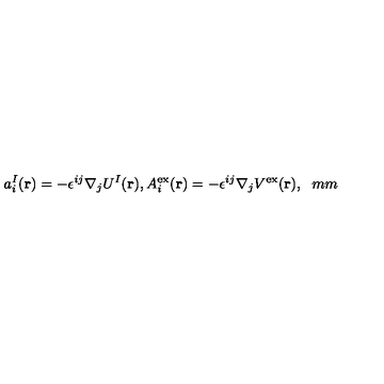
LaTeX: a _ { i } ^ { I } ( { \bf r } ) = - \epsilon ^ { i j } \nabla _ { j } U ^ { I } ( { \bf r } ) , A _ { i } ^ { \mathrm { e x } } ( { \bf r } ) = - \epsilon ^ { i j } \nabla _ { j } V ^ { \mathrm { e x } } ( { \bf r } ) , \hspace { 6 m m }